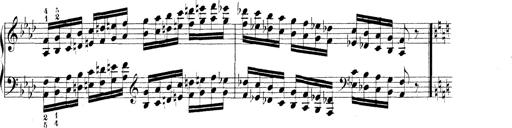
Title: Technische Studien
Composer: Franz Liszt